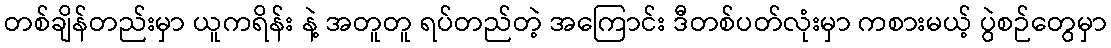
တစ်ချိန်တည်းမှာ ယူကရိန်း နဲ့ အတူတူ ရပ်တည်တဲ့ အကြောင်း ဒီတစ်ပတ်လုံးမှာ ကစားမယ့် ပွဲစဉ်တွေမှာ